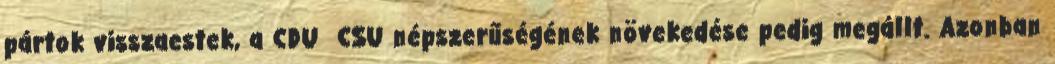
pártok visszaestek, a CDU CSU népszerűségének növekedése pedig megállt. Azonban